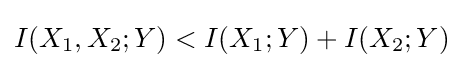
I(X_{1},X_{2};Y)<I(X_{1};Y)+I(X_{2};Y)